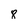
Character: 8